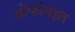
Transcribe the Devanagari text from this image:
ओर्फानइत